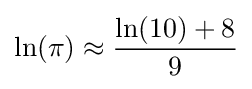
\ln(\pi )\approx {\ln(10)+8 \over 9}